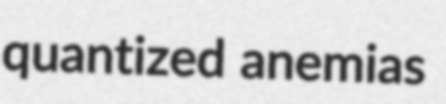
quantized anemias